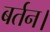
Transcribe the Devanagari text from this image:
बर्तन।